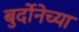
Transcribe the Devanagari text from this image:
बुर्दोनेच्या